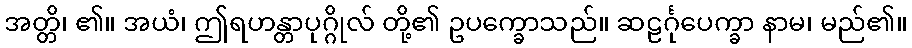
အတ္တိ၊ ၏။ အယံ၊ ဤရဟန္တာပုဂ္ဂိုလ် တို့၏ ဥပက္ခောသည်။ ဆဠင်္ဂုပေက္ခာ နာမ၊ မည်၏။